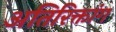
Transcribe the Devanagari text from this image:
अतिरिक्तांग